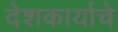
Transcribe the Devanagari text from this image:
देशकार्याचे